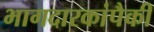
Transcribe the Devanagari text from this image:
भागदारकांपैकी